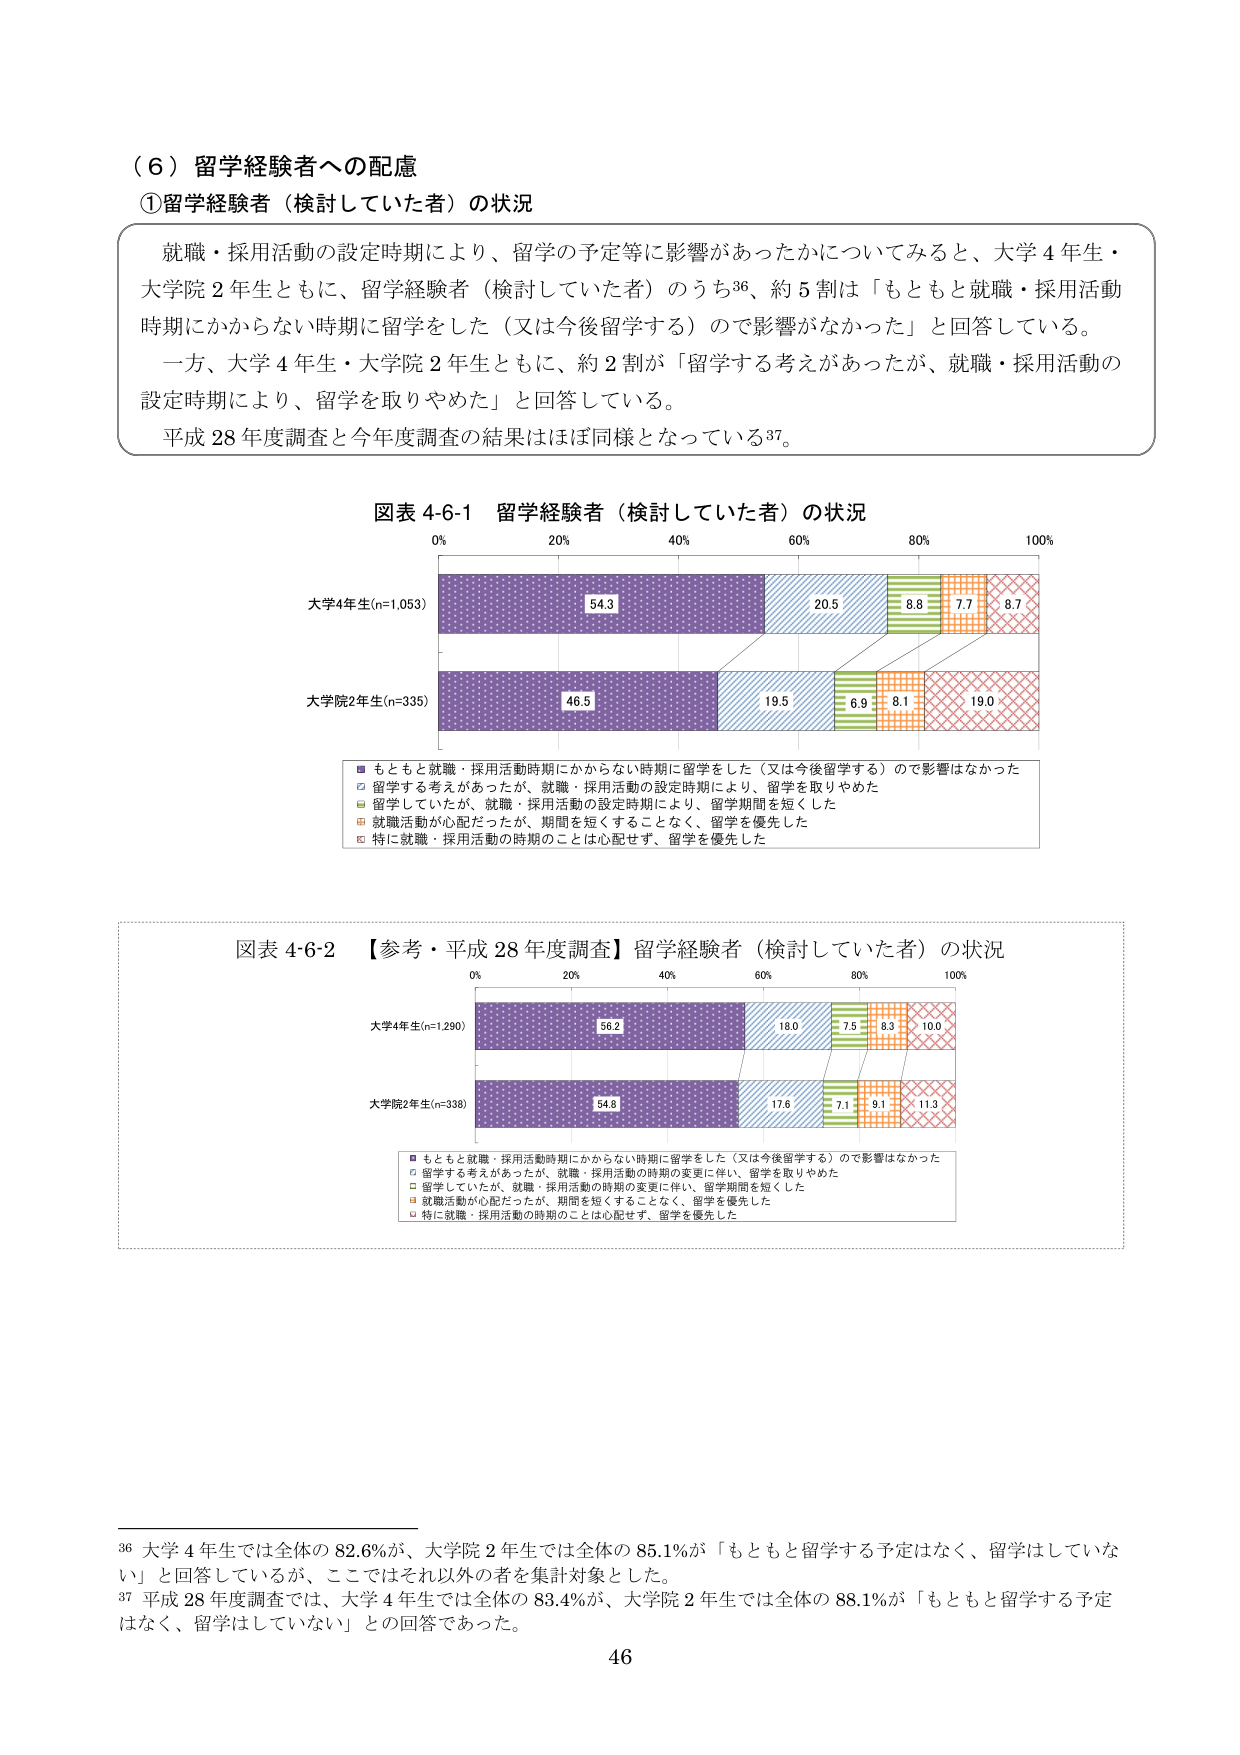
（６）留学経験者への配慮
①留学経験者（検討していた者）の状況

就職・採用活動の設定時期により、留学の予定等に影響があったかについてみると、大学４年生・大学院２年生ともに、留学経験者（検討していた者）のうち36、約５割は「もともと就職・採用活動時期にかからない時期に留学をした（又は今後留学する）ので影響がなかった」と回答している。
一方、大学４年生・大学院２年生ともに、約２割が「留学する考えがあったが、就職・採用活動の設定時期により、留学を取りやめた」と回答している。
平成28年度調査と今年度調査の結果はほぼ同様となっている37。

図表 4-6-1 留学経験者（検討していた者）の状況
0% 20% 40% 60% 80% 100%
大学4年生(n=1,053)
54.3 20.5 8.8 7.7 8.7
大学院2年生(n=335)
46.5 19.5 6.9 8.1 19.0

■ もともと就職・採用活動時期にかからない時期に留学をした（又は今後留学する）ので影響はなかった
□ 留学する考えがあったが、就職・採用活動の設定時期により、留学を取りやめた
■ 留学していたが、就職・採用活動の設定時期により、留学期間を短くした
■ 就職活動が心配だったが、期間を短くすることなく、留学を優先した
■ 特に就職・採用活動の時期のことは心配せず、留学を優先した

図表 4-6-2 【参考・平成28年度調査】留学経験者（検討していた者）の状況
0% 20% 40% 60% 80% 100%
大学4年生(n=1,290)
56.2 18.0 7.5 8.3 10.0
大学院2年生(n=338)
54.8 17.6 7.1 9.1 11.3

■ もともと就職・採用活動時期にかからない時期に留学をした（又は今後留学する）ので影響はなかった
□ 留学する考えがあったが、就職・採用活動の時期の変更に伴い、留学を取りやめた
■ 留学していたが、就職・採用活動の時期の変更に伴い、留学期間を短くした
■ 就職活動が心配だったが、期間を短くすることなく、留学を優先した
■ 特に就職・採用活動の時期のことは心配せず、留学を優先した

36 大学４年生では全体の82.6%が、大学院２年生では全体の85.1%が「もともと留学する予定はなく、留学はしていない」と回答しているが、ここではそれ以外の者を集計対象とした。
37 平成28年度調査では、大学４年生では全体の83.4%が、大学院２年生では全体の88.1%が「もともと留学する予定はなく、留学はしていない」との回答であった。
46